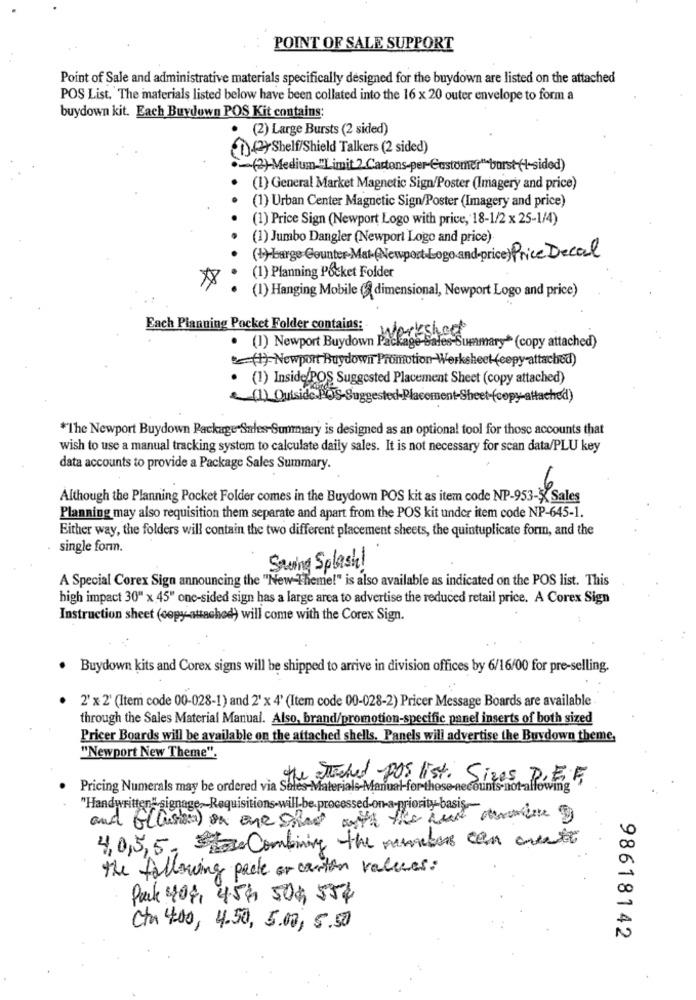
POINT OF SALE SUPPORT
Point of Sale and administrative materials specifically designed for the buydown are listed on the attached
POS List. The materials listed below have been collated into the 16 x 20 outer envelope to form a
buydown kit. Each Buydown POS Kit contains:
(2) Large Bursts (2 sided)
(12 Shelf/Shield Talkers (2 sided)
(2)-Medium-"Limit 2 Cartons-per-Customer"borst(1-sided)
(1) General Market Magnetic Sign/Poster (Imagery and price)
(1) Urban Center Magnetic Sign/Poster (Imagery and price)
(1) Price Sign (Newport Logo with price, 18-1/2 x 25-1/4)
(1) Jumbo Dangler (Newport Logo and price).
(1) barge Counter-Mat-(Newport-Logoand-price) Price Decal
(1) Planning Pocket Folder
(1) Hanging Mobile ( dimensional, Newport Logo and price)
Each Planning Pocket Folder contains:
wished
. (1) Newport Buydown Package Sales-Summary* (copy attached)
(1) Newport Buydown Promotion Werksheet (cepy attached)
. (1) Inside POS Suggested Placement Sheet (copy attached)
(1) Outside POS-Suggested-Placement-Sheet(copy-attached)
*The Newport Buydown Package Sales-Summary is designed as an optional tool for those accounts that
wish to use a manual tracking system to calculate daily sales. It is not necessary for scan data/PLU key
data accounts to provide a Package Sales Summary.
Although the Planning Pocket Folder comes in the Buydown POS kit as item code NP-953- Sales
Planning may also requisition them separate and apart from the POS kit under item code NP-645-1.
Either way, the folders will contain the two different placement sheets, the quintuplicate form, and the
single form.
Swing Splash!
A Special Corex Sign announcing the "New-Theme!" is also available as indicated on the POS list. This
high impact 30" x 45" one-sided sign has a large area to advertise the reduced retail price. A Corex Sign
Instruction sheet (copy-attached) will come with the Corex Sign.
· Buydown kits and Corex signs will be shipped to arrive in division offices by 6/16/00 for pre-selling.
2' x 2' (Item code 00-028-1) and 2' x 4' (Item code 00-028-2) Pricer Message Boards are available
through the Sales Material Manual. Also, brand/promotion-specific panel inserts of both sized
Pricer Boards will be available on the attached shells. Panels will advertise the Buydown theme,
"Newport New Theme".
the attached pos list. Sizes, DIEF
Pricing Numerals may be ordered via Sales-Materials-Manual-for-these-necounts-not-aflowing
"Handwritten" signage~Requisitions-will be. processed-on-a-priority-basis .~
and G(austria) on one shind with the new morning
4,0,5,5. se Combining the members can create
the following pack or carton values:
Pack 404, 454 509 554
Cta 4.00, 4.50, 5.00, 5.50
98618142